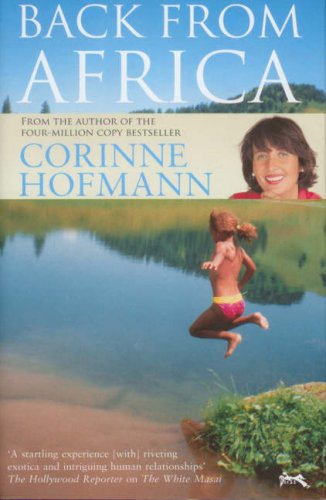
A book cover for Back from Africa; Corinne Hofmann; Travel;